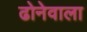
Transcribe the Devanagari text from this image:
ढोनेवाला